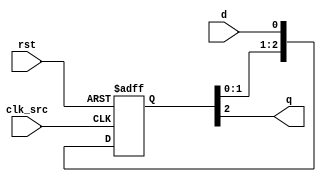
module synchronizer (
    input wire clk_src,
    input wire rst,
    input wire d,
    output wire q
);

reg [2:0] sync_reg;

always @(posedge clk_src or posedge rst) begin
    if (rst) begin
        sync_reg <= 3'b0;
    end else begin
        sync_reg <= {sync_reg[1:0], d};
    end
end

always @(*) begin
    q = sync_reg[2];
end

endmodule